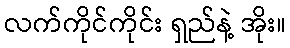
လက်ကိုင်ကိုင်း ရှည်နဲ့ အိုး။